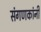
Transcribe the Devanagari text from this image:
संगणकांनी